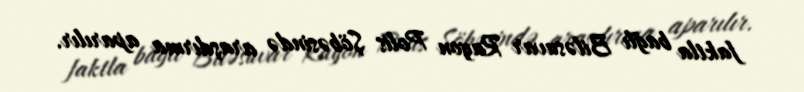
faktla bağlı Biləsuvar Rayon Polis Şöbəsində araşdırma aparılır.